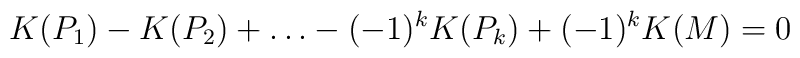
K(P_1) -K(P_2) +\dots- (-1)^kK(P_k)+(-1)^k K(M) =0